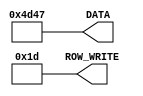
module test_constants_spi(DATA,ROW_WRITE);
output [15:0] DATA;
output [12:0] ROW_WRITE;
parameter dat= 15'b0100110101000111;
parameter row = 12'b000000011101;

assign DATA=dat;
assign ROW_WRITE=row;

endmodule